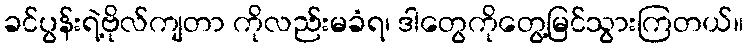
ခင်ပွန်းရဲ့ဗိုလ်ကျတာ ကိုလည်းမခံရ၊ ဒါတွေကိုတွေ့မြင်သွားကြတယ်။